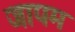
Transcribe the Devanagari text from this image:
जापम